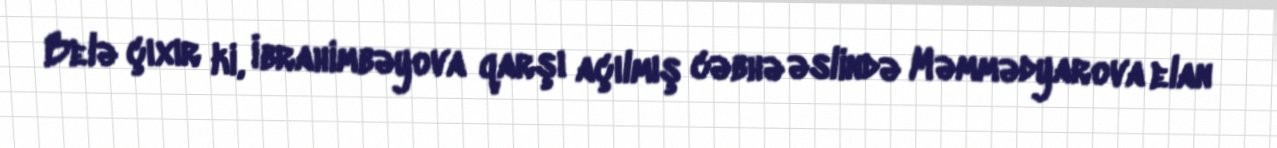
Belə çıxır ki, İbrahimbəyova qarşı açılmış cəbhə əslində Məmmədyarova elan